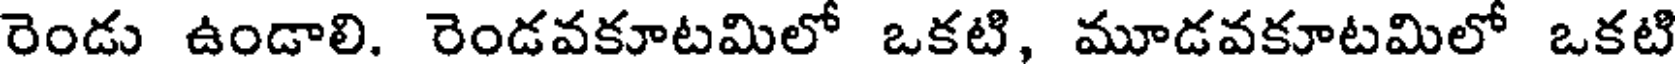
రెండు ఉండాలి. రెండవకూటమిలో ఒకటి, మూడవకూటమిలో ఒకటి